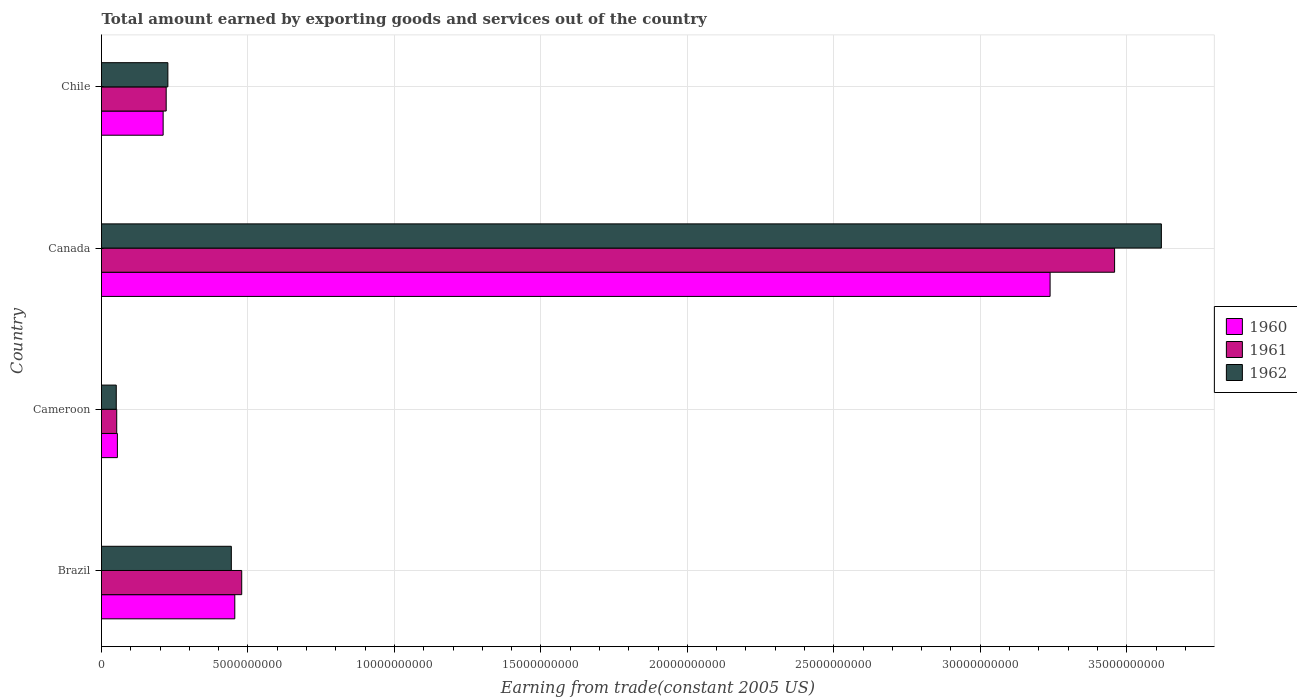
| Country | 1960 | 1961 | 1962 |
 | --- | --- | --- | --- |
 | Brazil | 4.55e+09 | 4.79e+09 | 4.43e+09 |
 | Cameroon | 5.42e+08 | 5.19e+08 | 5.04e+08 |
 | Canada | 3.24e+10 | 3.46e+10 | 3.62e+10 |
 | Chile | 2.1e+09 | 2.21e+09 | 2.27e+09 |